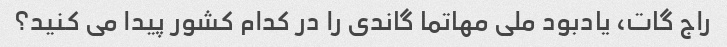
راج گات، یادبود ملی مهاتما گاندی را در کدام کشور پیدا می کنید؟